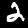
Label: 2